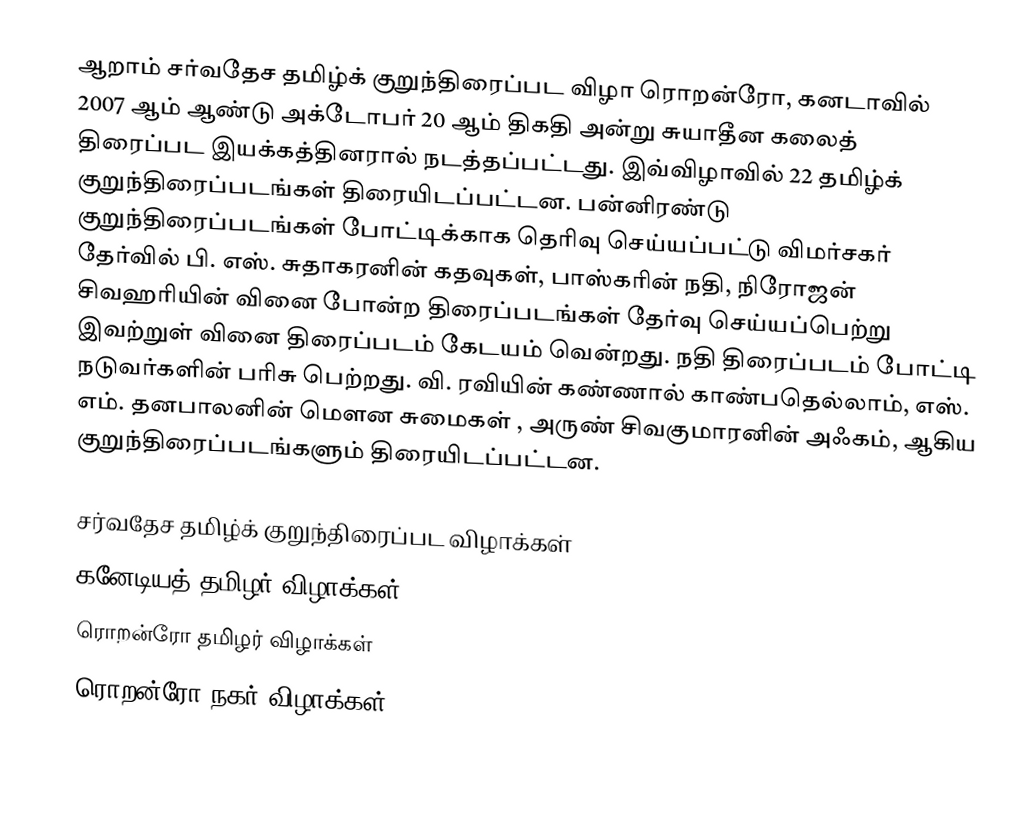
ஆறாம் சர்வதேச தமிழ்க் குறுந்திரைப்பட விழா ரொறன்ரோ, கனடாவில் 2007 ஆம் ஆண்டு அக்டோபர் 20 ஆம் திகதி அன்று சுயாதீன கலைத் திரைப்பட இயக்கத்தினரால் நடத்தப்பட்டது. இவ்விழாவில் 22 தமிழ்க் குறுந்திரைப்படங்கள் திரையிடப்பட்டன.  பன்னிரண்டு குறுந்திரைப்படங்கள் போட்டிக்காக தெரிவு செய்யப்பட்டு விமர்சகர் தேர்வில் பி. எஸ். சுதாகரனின் கதவுகள், பாஸ்கரின் நதி, நிரோஜன் சிவஹரியின் வினை போன்ற திரைப்படங்கள் தேர்வு செய்யப்பெற்று இவற்றுள் வினை திரைப்படம் கேடயம் வென்றது. நதி திரைப்படம் போட்டி நடுவர்களின் பரிசு பெற்றது.  வி. ரவியின் கண்ணால் காண்பதெல்லாம், எஸ். எம். தனபாலனின் மௌன சுமைகள் , அருண் சிவகுமாரனின் அஃகம், ஆகிய குறுந்திரைப்படங்களும் திரையிடப்பட்டன.

சர்வதேச தமிழ்க் குறுந்திரைப்பட விழாக்கள்
கனேடியத் தமிழர் விழாக்கள்
ரொறன்ரோ தமிழர் விழாக்கள்
ரொறன்ரோ நகர் விழாக்கள்